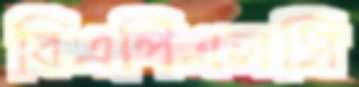
বিএপিএলসি